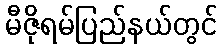
မီဇိုရမ်ပြည်နယ်တွင်